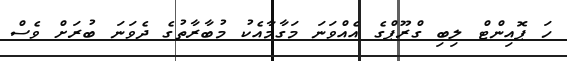
ހަ ޕޮއިންޓް ލިބި ގްރޫޕްގެ އެއްވަނަ މަގާމާއެކު މުބާރާތުގެ ދެވަނަ ބުރަށް ވެސް